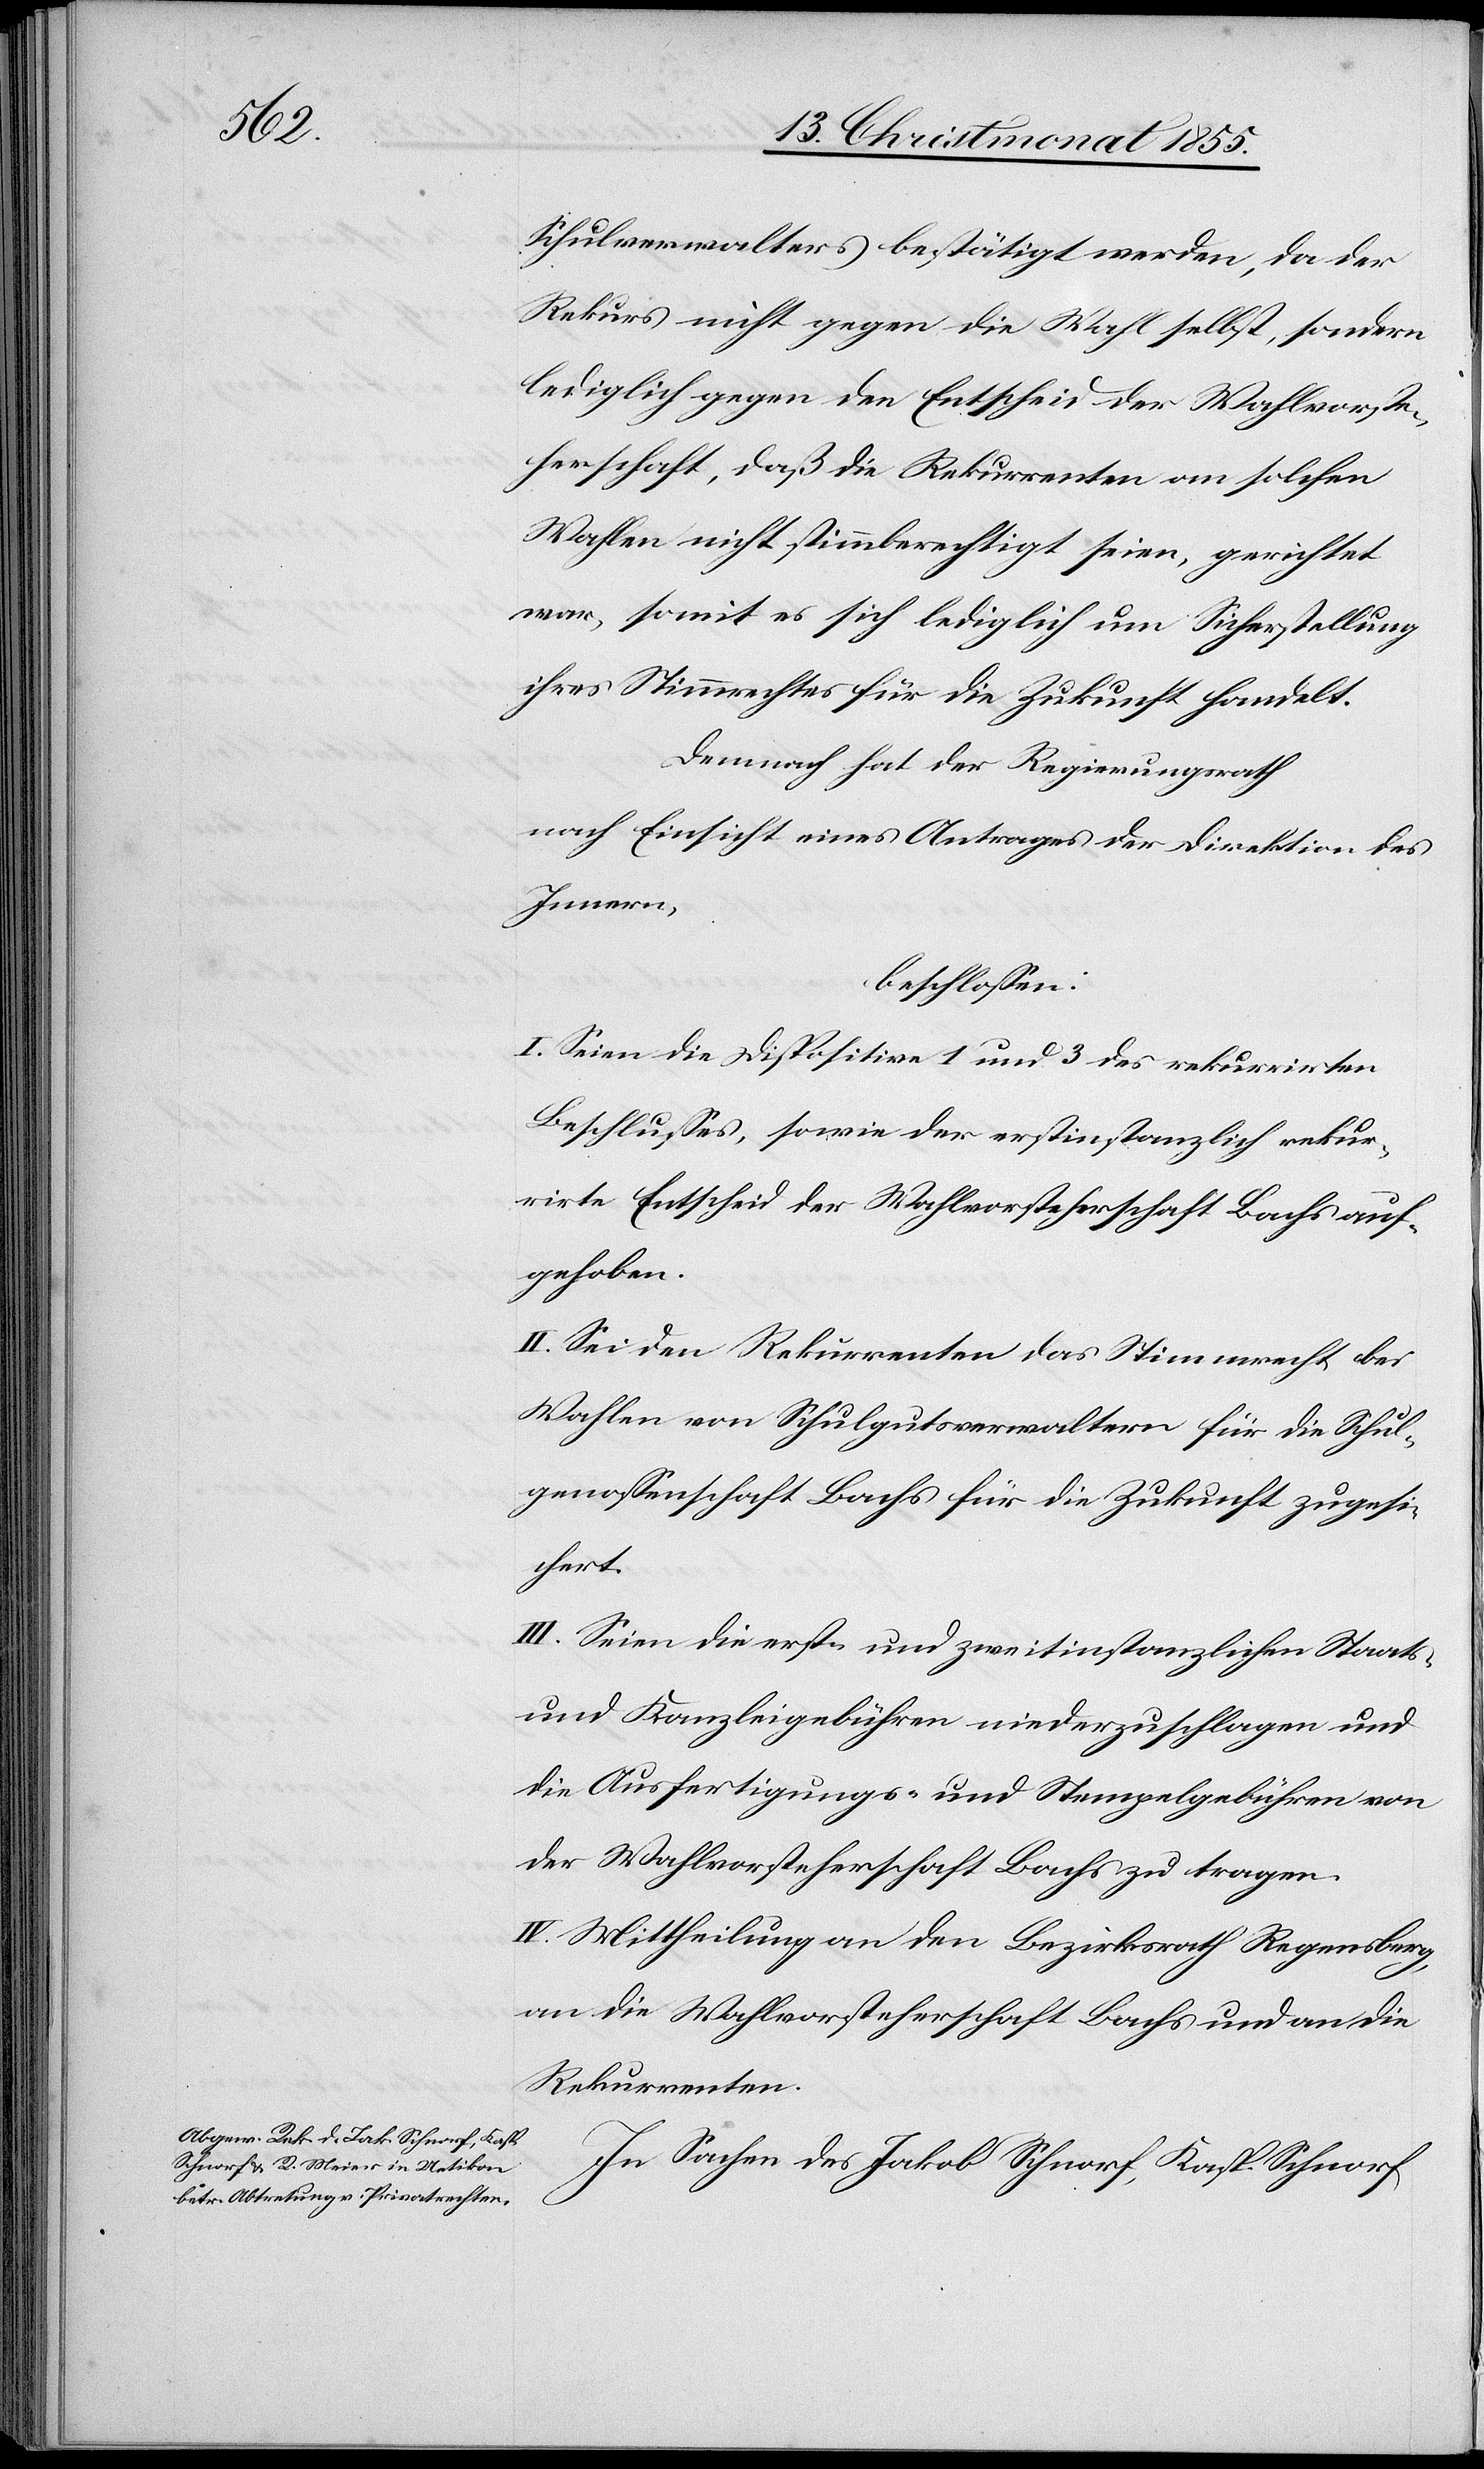
Schulverwalters bestätigt werden, da der
Rekurs nicht gegen die Wahl selbst, sondern
lediglich gegen den Entscheid der Wahlvorste¬
herschaft, daß die Rekurrenten an solchen
Wahlen nicht stimmberechtigt seien, gerichtet
war, somit es sich lediglich um Sicherstellung
ihres Stimmrechtes für die Zukunft handelt.
Demnach hat der Regierungsrath
nach Einsicht eines Antrages der Direktion des
Innern,
beschlossen:
I. Seien die Dispositive 1 und 3 des rekurrirten
Beschlusses, sowie der erstinstanzlich rekur¬
rirte Entscheid der Wahlvorsteherschaft Bachs auf¬
gehoben.
II. Sei den Rekurrenten das Stimmrecht bei
Wahlen von Schulgutsverwaltern für die Schul¬
genossenschaft Bachs für die Zukunft zugesi¬
chert.
III. Seien die erst- und zweitinstanzlichen Staats-
und Kanzleigebühren niederzuschlagen und
die Ausfertigungs- und Stempelgebühren von
der Wahlvorsteherschaft Bachs zu tragen.
IV. Mittheilung an den Bezirksrath Regensberg,
an die Wahlvorsteherschaft Bachs und an die
Rekurrenten.
In Sachen des Jakob Schnorf, Kasp. Schnorf